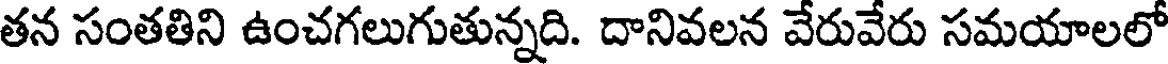
తన సంతతిని ఉంచగలుగుతున్నది. దానివలన వేరువేరు సమయాలలో